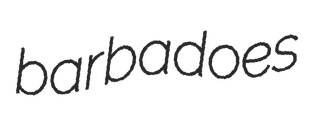
barbadoes